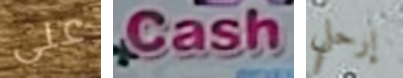
على Cash إرحلي